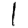
Digit: 1